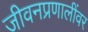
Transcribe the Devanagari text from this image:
जीवनप्रणालींवर